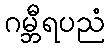
ဂမ္ဘီရပညံ